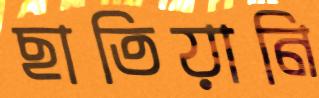
ছাতিয়ানি